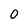
Character: 0